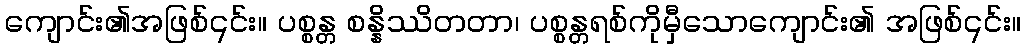
ကျောင်း၏အဖြစ်၎င်း။ ပစ္စန္တ စန္နိဿိတတာ၊ ပစ္စန္တရစ်ကိုမှီသောကျောင်း၏ အဖြစ်၎င်း။